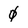
Character: 0